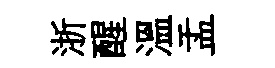
浙醒溫盂